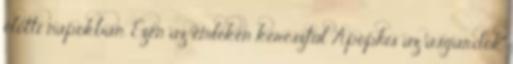
előtti napokban. Ezen az emléken keresztül Apophis az asgardok